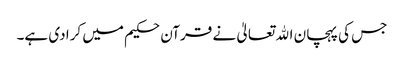
جس کی پہچان اﷲ تعالیٰ نے قرآن حکیم میں کرا دی ہے۔